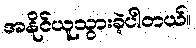
အနိုင်ယူသွားခဲ့ပါတယ်။